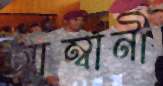
আম্বানী